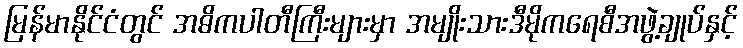
မြန်မာနိုင်ငံတွင် အဓိကပါတီကြီးများမှာ အမျိုးသားဒီမိုကရေစီအဖွဲ့ချုပ်နှင့်